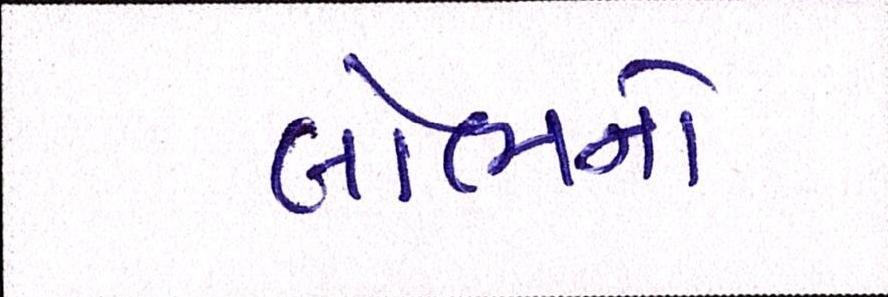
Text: લોભનો